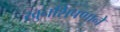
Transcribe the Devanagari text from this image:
खुनशिपणाने